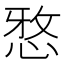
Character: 𫺗